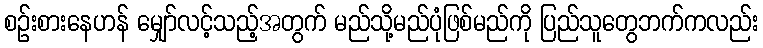
စဉ်းစားနေဟန် မျှော်လင့်သည့်အတွက် မည်သို့မည်ပုံဖြစ်မည်ကို ပြည်သူတွေဘက်ကလည်း